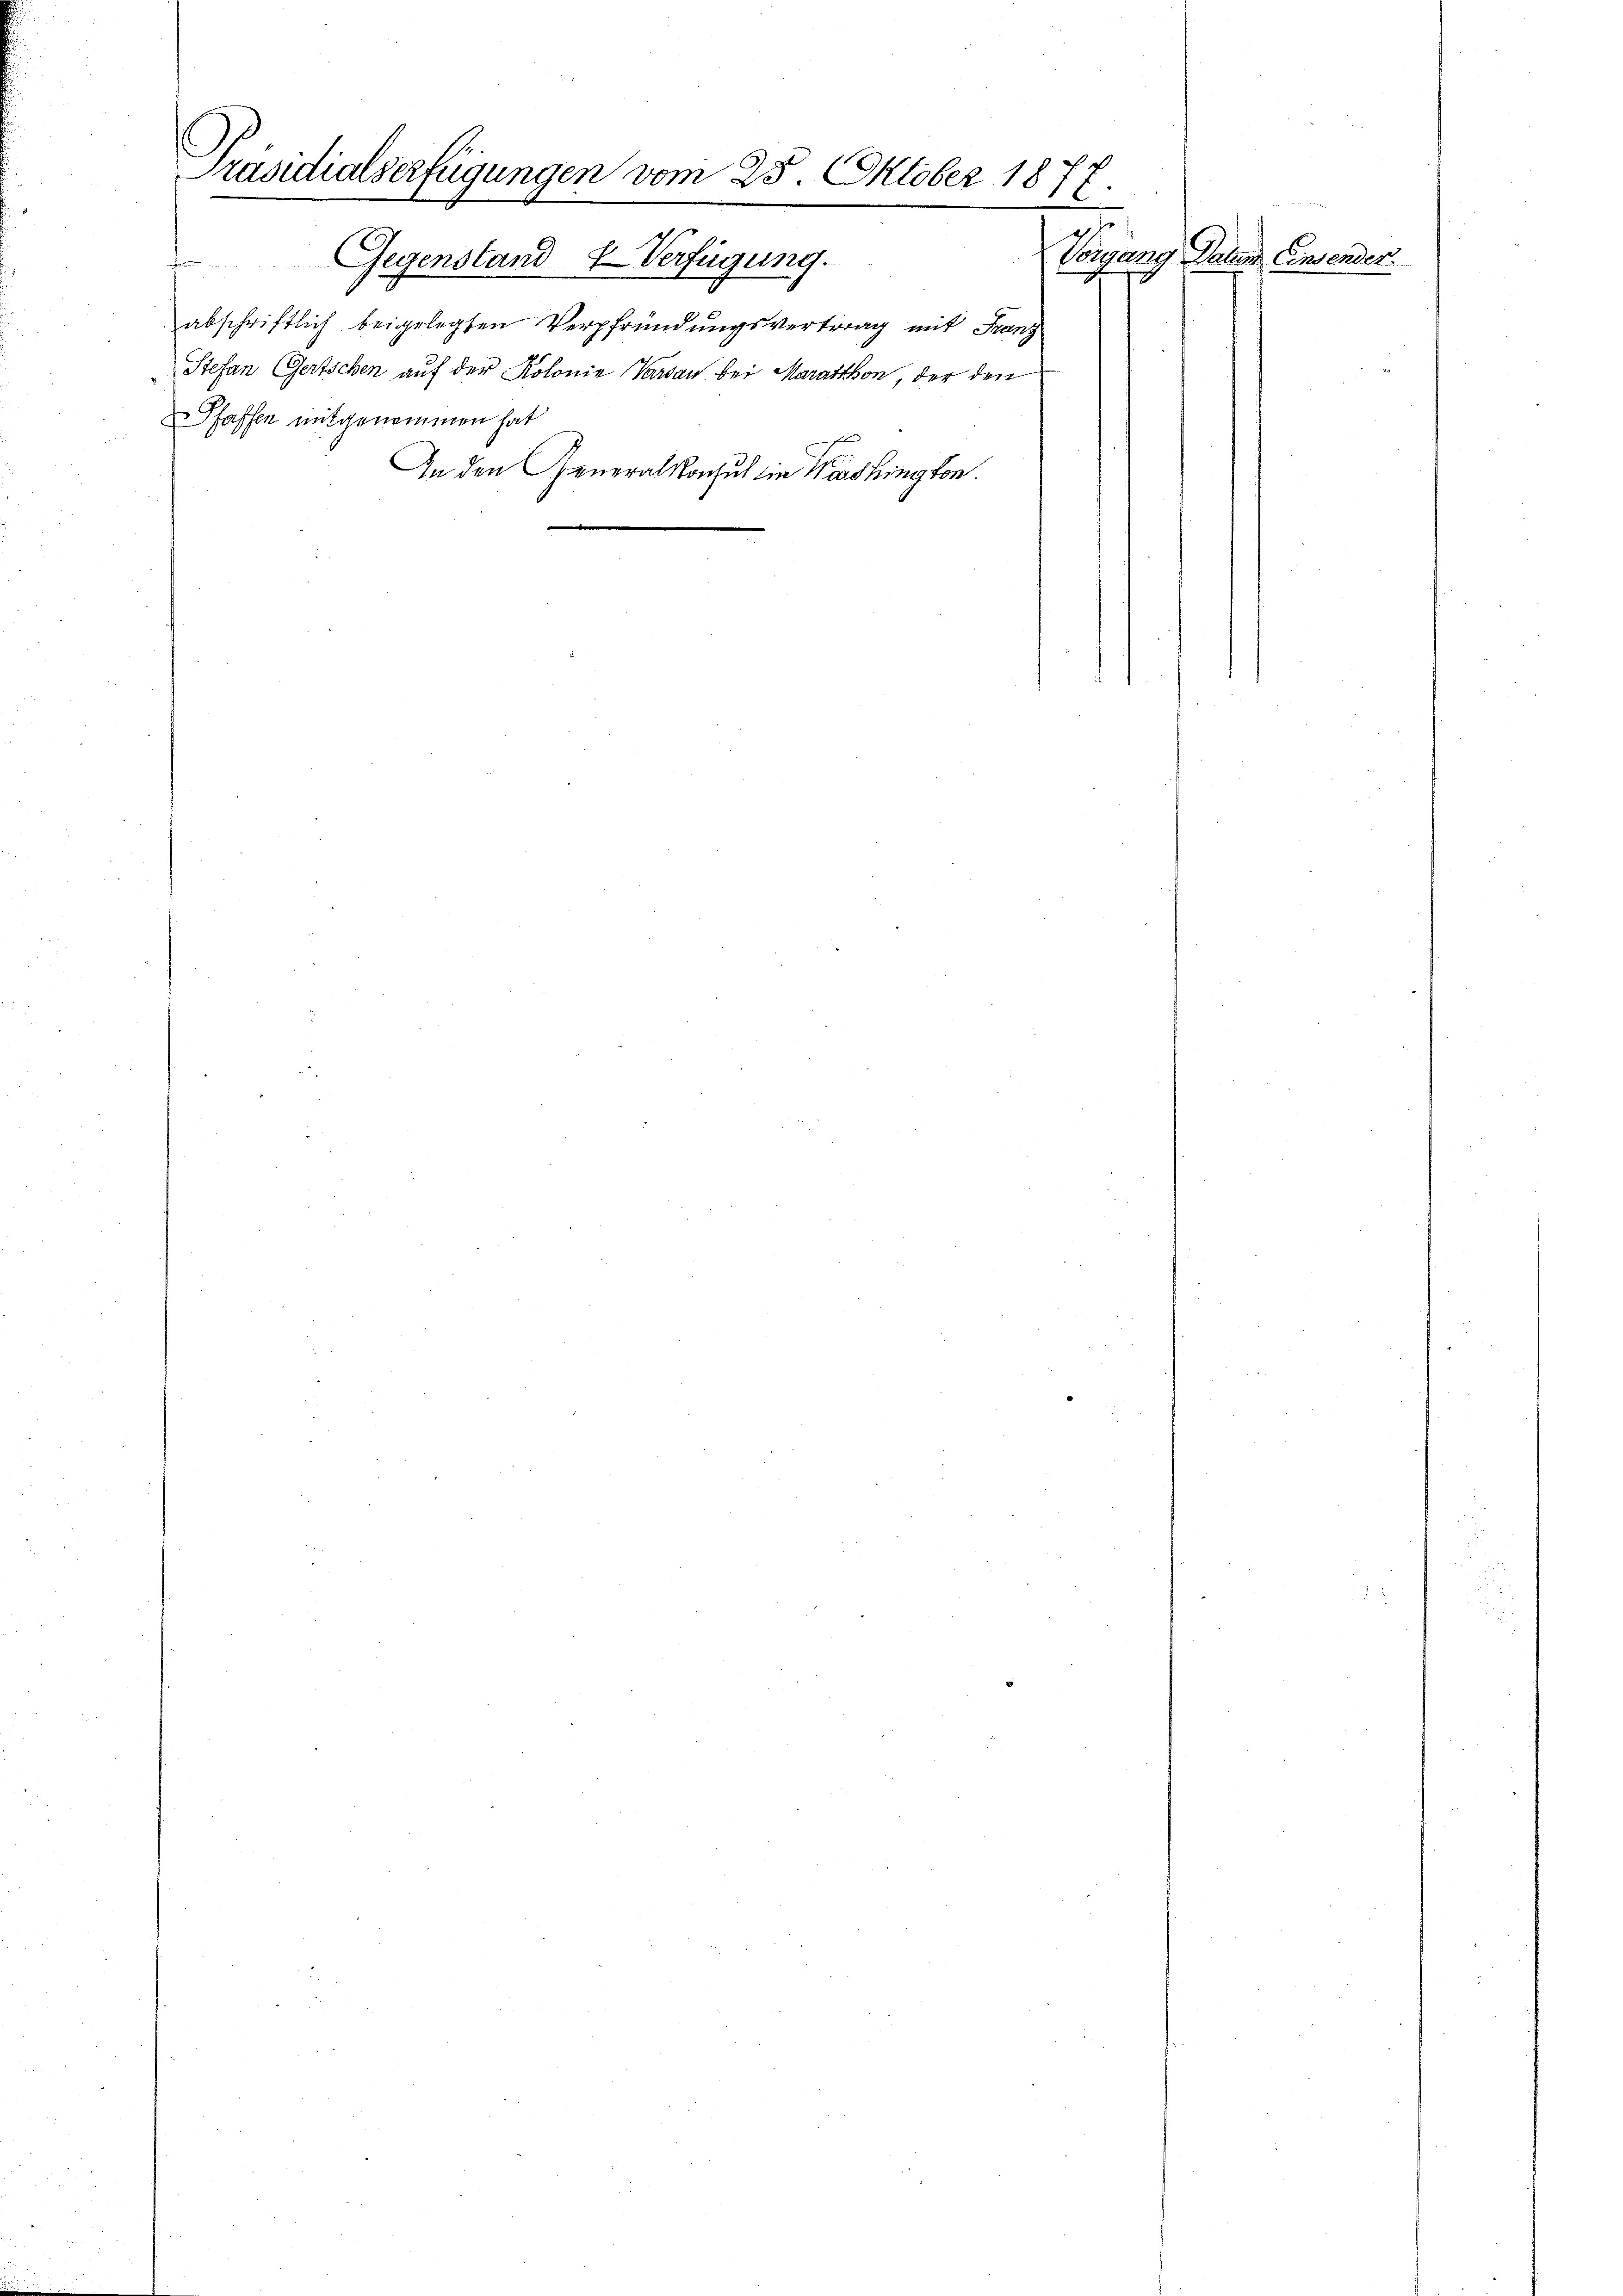
Präsidialserfügungen vom 25. Oktober 1877.

Gegenstand Verfügung.
f
abschriftlich beigelegten Verpfründungsvertrag mit Franz
Stefan Gertschen auf der Kolonie Garan bei Maration, der den
Pfaffen mitgenommen hat
An den Generalkonsul in Washington.

Vorgang Daten Einsender.
d